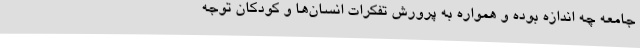
جامعه چه اندازه بوده و همواره به پرورش تفکرات انسان‌ها و کودکان توجه